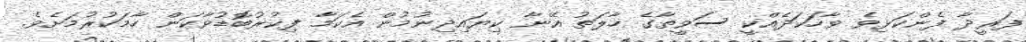
ފަރީދާ ފެންކަޅިވެ ވާހަކަދެއްކީ ސަވީތާގެ ހާލަތު އޭނާ ކިޔައިދިނުމުން އެކަމާ ފިކުރުބޮޑުވާކަން ހާމަކުރުމަށެވެ.